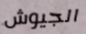
الجيوش